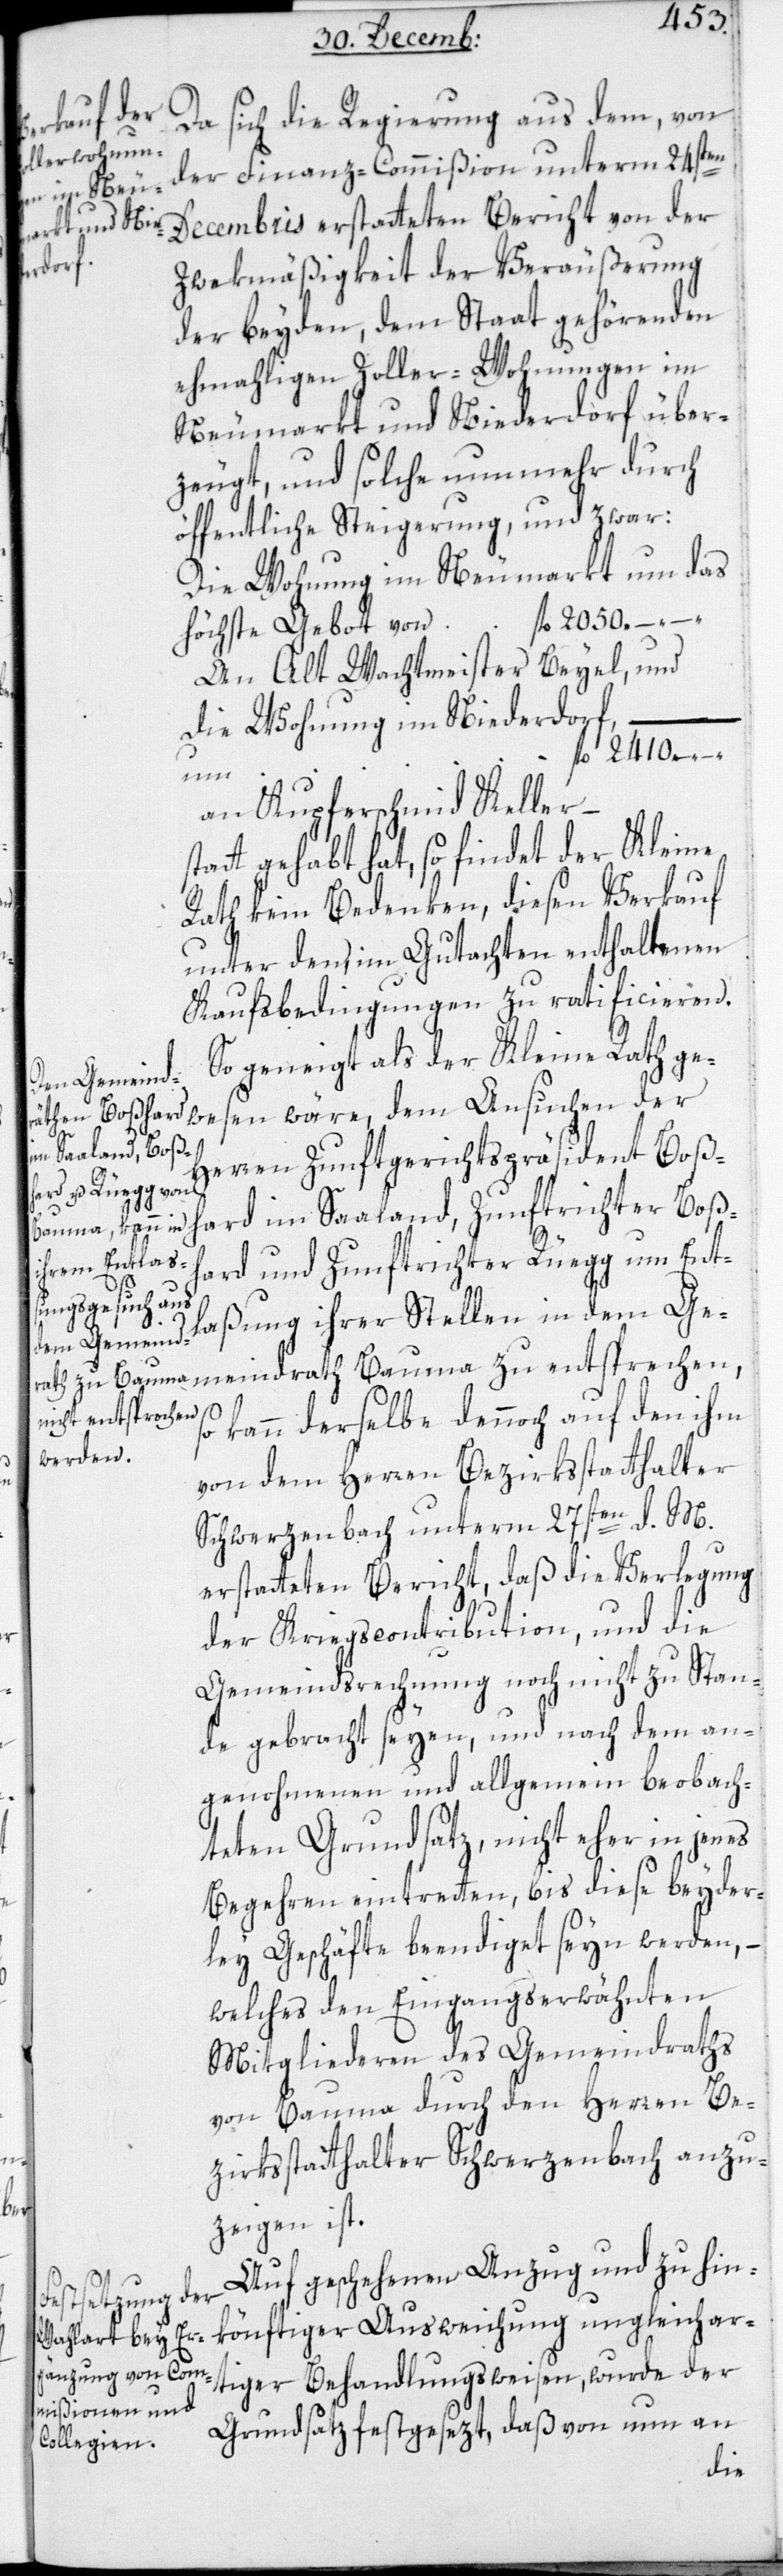
fl.

Da sich die Regierung aus dem, von
der Finanz-Commißion unterm 24sten
Decembris erstatteten Bericht von der
Zwekmäßigkeit der Veräußerung
der beyden, dem Staat gehörenden
ehemaligen Zoller-Wohnungen im
Neumarkt und Niederdorf über¬
zeugt, und solche nunmehr durch
öffentliche Steigerung und zwar:
Die Wohnung im Neumarkt um das
An Alt Wachtmeister Beyel; und
die Wohnung im Niederdorf,
fl. 2410.–.–.
an Kupferschmied Keller,
statt gehabt hat, so findet der Kleine
Rath kein Bedenken, diesen Verkauf
unter den im Gutachten enthaltenen
Kaufsbedingungen zu ratificieren.
So geneigt als der Kleine Rath ge¬
wesen wäre, dem Ansuchen der
Herren Zunftgerichtspräsident Boß¬
hard im Saaland, Zunftrichter Boßh¬
ard und Zunftrichter Rüegg um Ent¬
laßung ihrer Stellen in dem Ge¬
meindrath Bauma zu entsprechen,
so kann derselbe dennoch auf den ihm
von dem Herren Bezirksstatthalter
Schwerzenbach unterm 27sten d. M.
erstatteten Bericht, daß die Verlegung
der Kriegscontribution, und die
Gemeindsrechnung noch nicht zustan¬
de gebracht seyen, und nach dem an¬
genohmenen und allgemein beobach¬
teten Grundsatz, nicht eher in jenes
Begehren eintretten, bis diese beyder¬
ley Geschäfte beendiget seyn werden, –
welches den Eingangserwähnten
Mitgliedern des Gemeindraths
von Bauma durch den Herren Be¬
zirksstatthalter Schwerzenbach anzu¬
zeigen ist.
Auf geschehenen Anzug und zu hin¬
könftiger Ausweichung ungleichar¬
tiger Behandlungsweisen, wurde der
Grundsatz festgesezt, daß von nun an